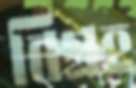
বিগ্রহ